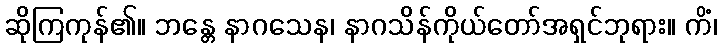
ဆိုကြကုန်၏။ ဘန္တေ နာဂသေန၊ နာဂသိန်ကိုယ်တော်အရှင်ဘုရား။ ကိံ၊